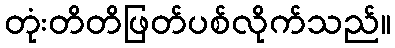
တုံးတိတိဖြတ်ပစ်လိုက်သည်။